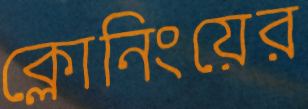
ক্লোনিংয়ের